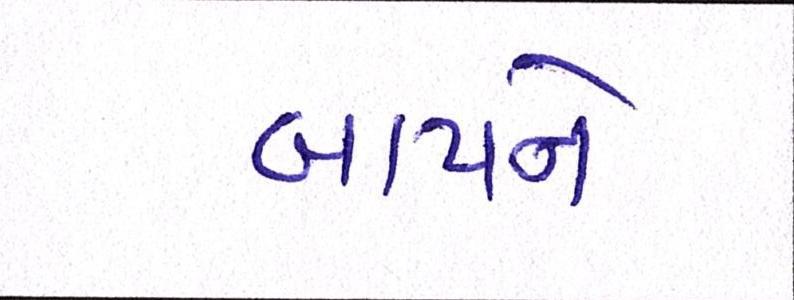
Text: બાપને